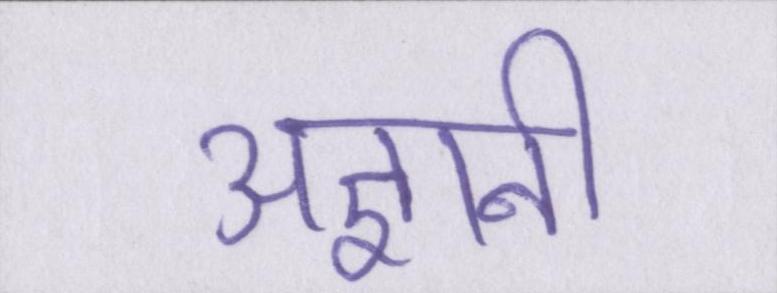
अज्ञानी